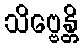
သိဗ္ဗေန္တိ